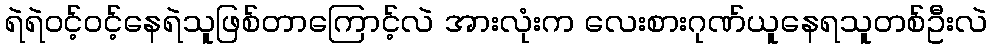
ရဲရဲဝင့်ဝင့်နေရဲသူဖြစ်တာကြောင့်လဲ အားလုံးက လေးစားဂုဏ်ယူနေရသူတစ်ဦးလဲ